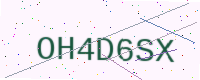
Text: OH4D6SX